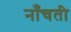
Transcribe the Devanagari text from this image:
नाँचती